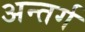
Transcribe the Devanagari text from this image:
अन्तर्ग